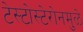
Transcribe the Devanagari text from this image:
टेस्टोस्टेरोनमुळे